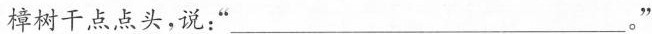
樟树干点点头，说：”___”。